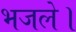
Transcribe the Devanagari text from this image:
भजले।